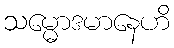
သမ္မောဒမာနေဟိ